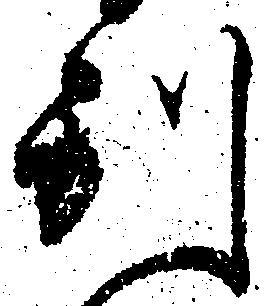
別